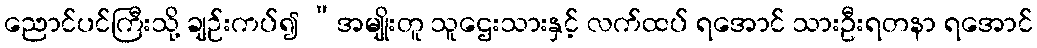
ညောင်ပင်ကြီးသို့ ချဉ်းကပ်၍ “အမျိုးတူ သူဌေးသားနှင့် လက်ထပ် ရအောင် သားဦးရတနာ ရအောင်